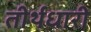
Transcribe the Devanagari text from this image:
तीर्थधारी